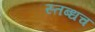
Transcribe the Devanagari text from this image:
स्तब्धच